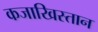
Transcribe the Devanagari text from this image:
कजाखिस्तान